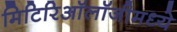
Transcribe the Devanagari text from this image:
मिटिरिऑलॉजीमध्ये